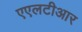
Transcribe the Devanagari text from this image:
एएलटीआर